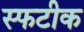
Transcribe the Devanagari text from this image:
स्फटीक